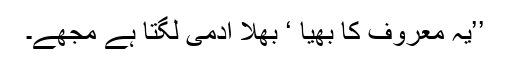
’’یہ معروف کا بھیا ‘ بھلا آدمی لگتا ہے مجھے۔